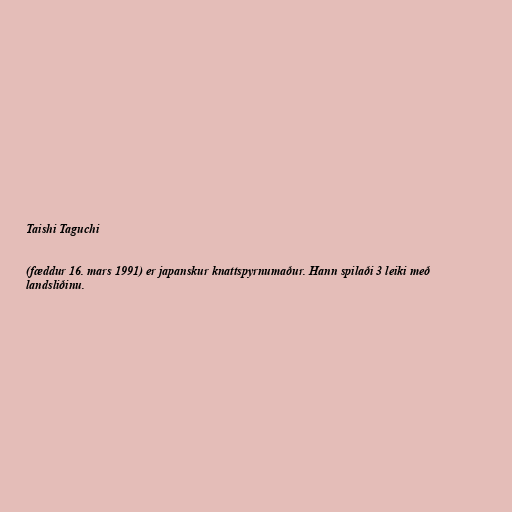
Taishi Taguchi

(fæddur 16. mars 1991) er japanskur knattspyrnumaður. Hann spilaði 3 leiki með
landsliðinu.